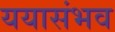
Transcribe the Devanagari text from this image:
ययासंभव